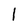
Character: 1